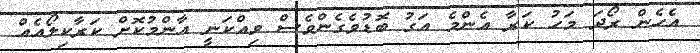
އެހެން ރޯދަ މަހު ކަރާ އެންމެ އަގު ބޮޑުވެގެންވެސް ވިއްކަނީ އާންމުކޮށް ކަރާކިލޯއެއް